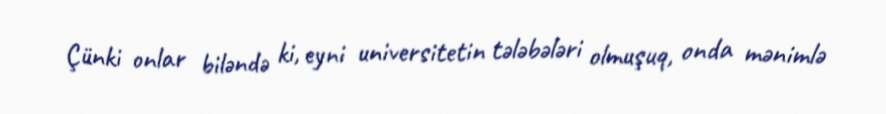
Çünki onlar biləndə ki, eyni universitetin tələbələri olmuşuq, onda mənimlə